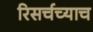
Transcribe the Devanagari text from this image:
रिसर्चच्याच